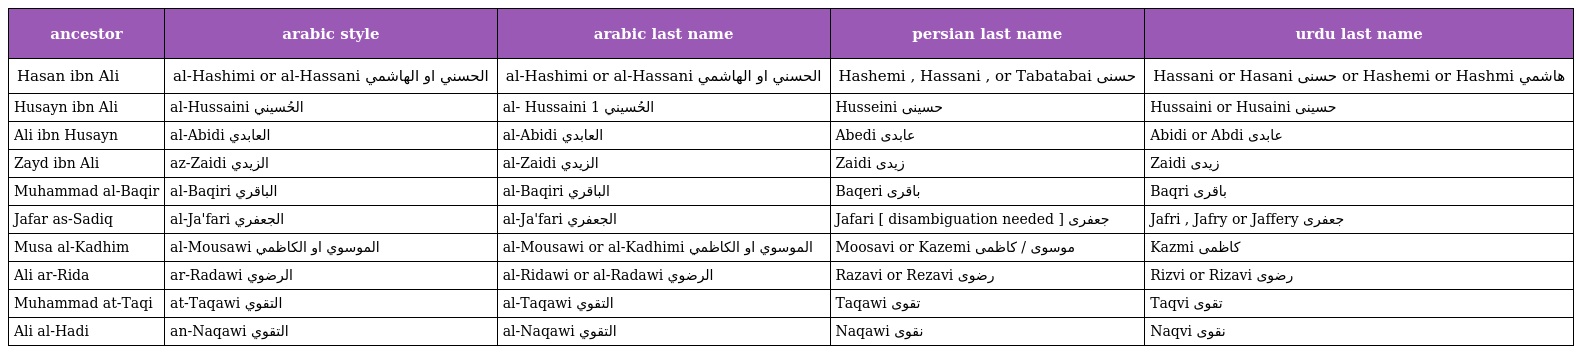
| ancestor | arabic style | arabic last name | persian last name | urdu last name |
 | --- | --- | --- | --- | --- |
 | Hasan ibn Ali | al-Hashimi or al-Hassani الحسني او الهاشمي | al-Hashimi or al-Hassani الحسني او الهاشمي | Hashemi , Hassani , or Tabatabai حسنى | Hassani or Hasani حسنی or Hashemi or Hashmi هاشمي |
 | Husayn ibn Ali | al-Hussaini الحُسيني | al- Hussaini 1 الحُسيني | Husseini حسینى | Hussaini or Husaini حسینی |
 | Ali ibn Husayn | al-Abidi العابدي | al-Abidi العابدي | Abedi عابدى | Abidi or Abdi عابدی |
 | Zayd ibn Ali | az-Zaidi الزيدي | al-Zaidi الزيدي | Zaidi زیدی | Zaidi زیدی |
 | Muhammad al-Baqir | al-Baqiri الباقري | al-Baqiri الباقري | Baqeri باقرى | Baqri باقری |
 | Jafar as-Sadiq | al-Ja'fari الجعفري | al-Ja'fari الجعفري | Jafari [ disambiguation needed ] جعفرى | Jafri , Jafry or Jaffery جعفری |
 | Musa al-Kadhim | al-Mousawi الموسوي او الكاظمي | al-Mousawi or al-Kadhimi الموسوي او الكاظمي | Moosavi or Kazemi موسوى / کاظمى | Kazmi کاظمی |
 | Ali ar-Rida | ar-Radawi الرضوي | al-Ridawi or al-Radawi الرضوي | Razavi or Rezavi رضوى | Rizvi or Rizavi رضوی |
 | Muhammad at-Taqi | at-Taqawi التقوي | al-Taqawi التقوي | Taqawi تقوى | Taqvi تقوی |
 | Ali al-Hadi | an-Naqawi التقوي | al-Naqawi التقوي | Naqawi نقوى | Naqvi نقوی |